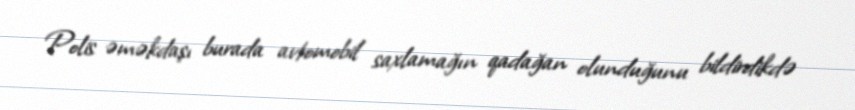
Polis əməkdaşı burada avtomobil saxlamağın qadağan olunduğunu bildirdikdə